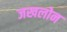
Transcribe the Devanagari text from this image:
जखलोन